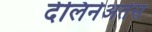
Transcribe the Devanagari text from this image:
देलिनेअतेस